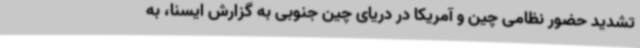
تشدید حضور نظامی چین و آمریکا در دریای چین جنوبی به گزارش ایسنا، به